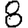
Digit: 8